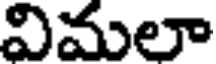
విమలా